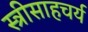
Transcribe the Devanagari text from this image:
स्त्रीसाहचर्य